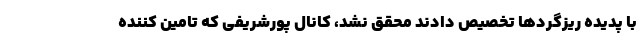
با پدیده ریزگردها تخصیص دادند محقق نشد، کانال پورشریفی که تامین کننده